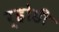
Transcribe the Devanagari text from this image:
र्होडी